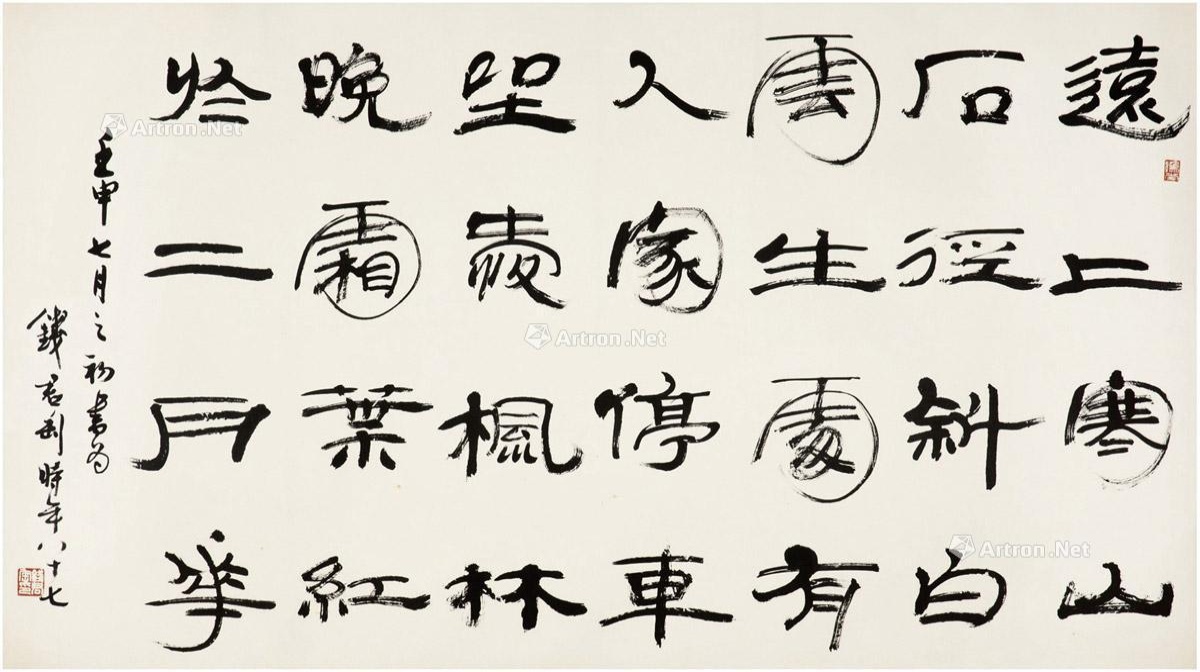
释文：远上寒山石径斜，白云生处有人家。停车坐爱枫林晚，霜叶红于二月花。壬申七月之初书为，钱君匋时年八十七。